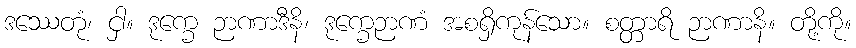
ဒဿေတုံ၊ ငှါ။ ဒုက္ခေ ဉာဏာဒီနိ၊ ဒုက္ခေဉာဏံ အစရှိကုန်သော။ စတ္တာရိ ဉာဏာနိ။ တို့ကို။